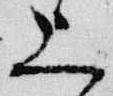
上